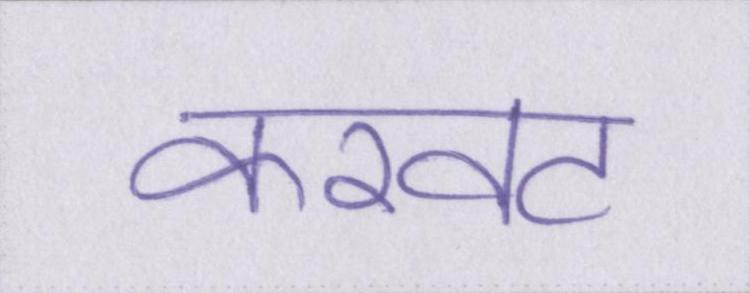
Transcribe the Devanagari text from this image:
करवट